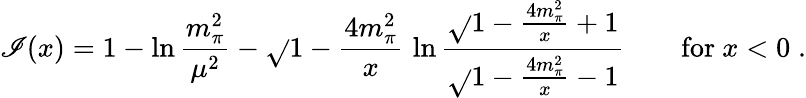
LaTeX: \mathscr{I}(x)=1-\ln{\frac{{m_{\pi}^{2}}}{{\mu^{2}}}}-\sqrt{}{{1-{\frac{{4m_{\pi}^{2}}}{{x}}}}}\, \ln{\frac{{\sqrt{}{{1-{\frac{{4m_{\pi}^{2}}}{{x}}}}}+1}}{{\sqrt{}{{1-{\frac{{4m_{\pi}^{2}}}{{x}}}}}-1}}}\qquad\mathrm{{for}}\ x<0\; .